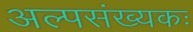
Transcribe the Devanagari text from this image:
अल्पसंख्यकः